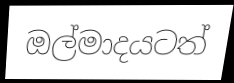
ඔල්මාදයටත්